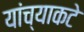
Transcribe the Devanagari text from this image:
यांच्याकटे